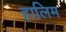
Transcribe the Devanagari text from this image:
हालिम